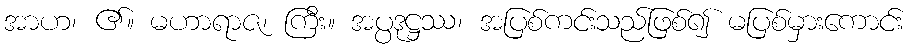
အာဟ၊ ၏။ မဟာရာဇ၊ ကြီး။ အပ္ပဒုဋ္ဌဿ၊ အပြစ်ကင်းသည်ဖြစ်၍ မပြစ်မှားကောင်း